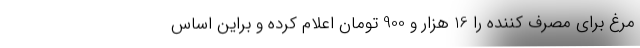
مرغ برای مصرف کننده را 16 هزار و 900 تومان اعلام کرده و براین اساس